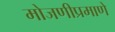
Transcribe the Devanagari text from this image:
मोजणीप्रमाणे